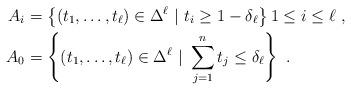
LaTeX: \begin{align*}A_i &= \left\{ (t_1, \dots, t_\ell) \in \Delta^\ell\ | \ t_i \geq 1 - \delta_\ell \right\} 1 \leq i \leq \ell\ ,\\A_0 &= \left\{ (t_1, \dots, t_\ell) \in \Delta^\ell \ | \ \sum_{j=1}^n t_j \leq \delta_\ell \right\} \ .\end{align*}